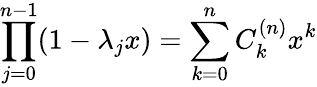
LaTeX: \prod_{j=0}^{n-1}(1-\lambda_{j}x)=\sum_{k=0}^{n}C_{k}^{(n)}x^{k}